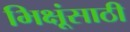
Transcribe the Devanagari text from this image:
भिक्षूंसाठी